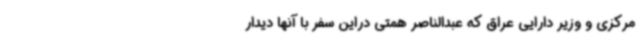
مرکزی و وزیر دارایی عراق که عبدالناصر همتی دراین سفر با آنها دیدار